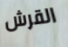
القرش